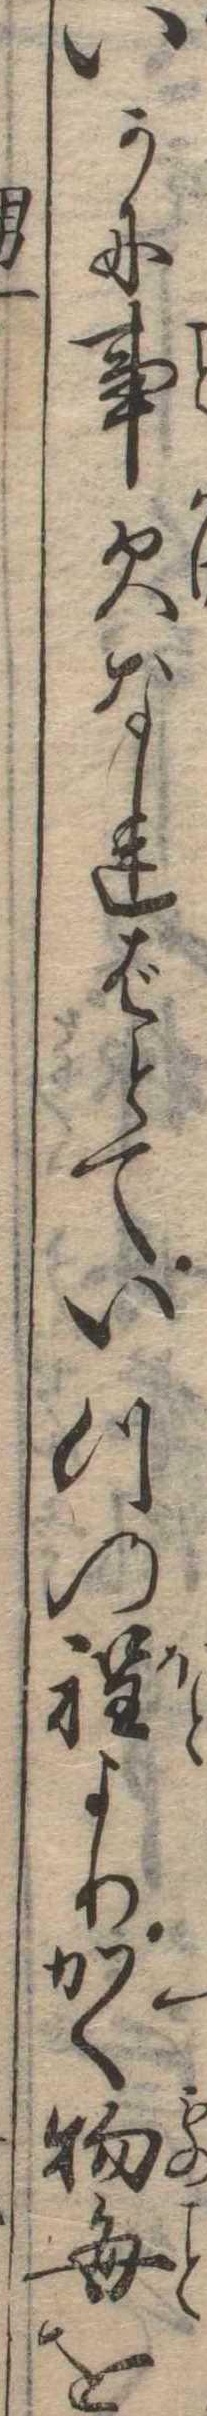
いかに事欠なればとていつの程よりかく物毎を